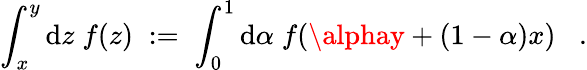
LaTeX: \int_{x}^{y}\mathrm{d}z\; f(z)\; :=\; \int_{0}^{1}\mathrm{d}\alpha\; f(\alphay+(1-\alpha)x)\; \; \; .